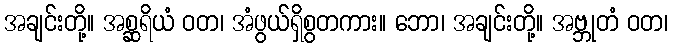
အချင်းတို့။ အစ္ဆရိယံ ဝတ၊ အံဖွယ်ရှိစွတကား။ ဘော၊ အချင်းတို့။ အဗ္ဘုတံ ဝတ၊